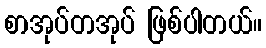
စာအုပ်တအုပ် ဖြစ်ပါတယ်။